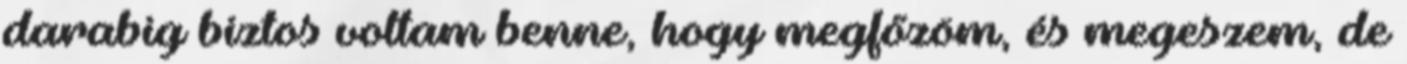
darabig biztos voltam benne, hogy megfőzöm, és megeszem, de